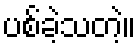
ပစ်ခဲ့သတဲ့။